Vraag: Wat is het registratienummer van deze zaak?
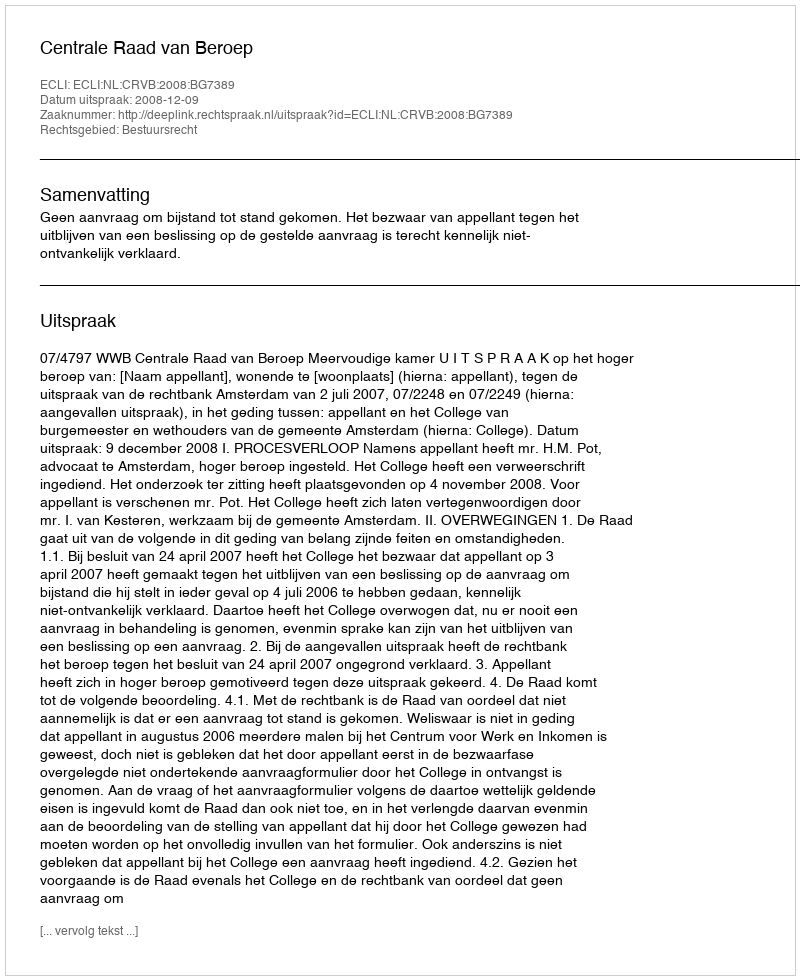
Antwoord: http://deeplink.rechtspraak.nl/uitspraak?id=ECLI:NL:CRVB:2008:BG7389